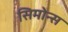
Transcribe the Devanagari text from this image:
सिमोन्स